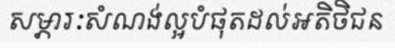
សម្ភារៈសំណង់ល្អបំផុតដល់អតិថិជន